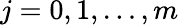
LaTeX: j=0,1,\dots,m